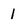
Character: 1